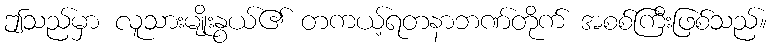
ဤသည်မှာ လူသားမျိုးနွယ်၏ တကယ့်ရတနာဘဏ်တိုက် အစစ်ကြီးဖြစ်သည်။